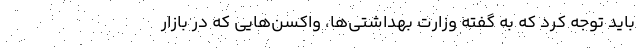
باید توجه کرد که به گفته وزارت بهداشتی‌ها، واکسن‌هایی که در بازار